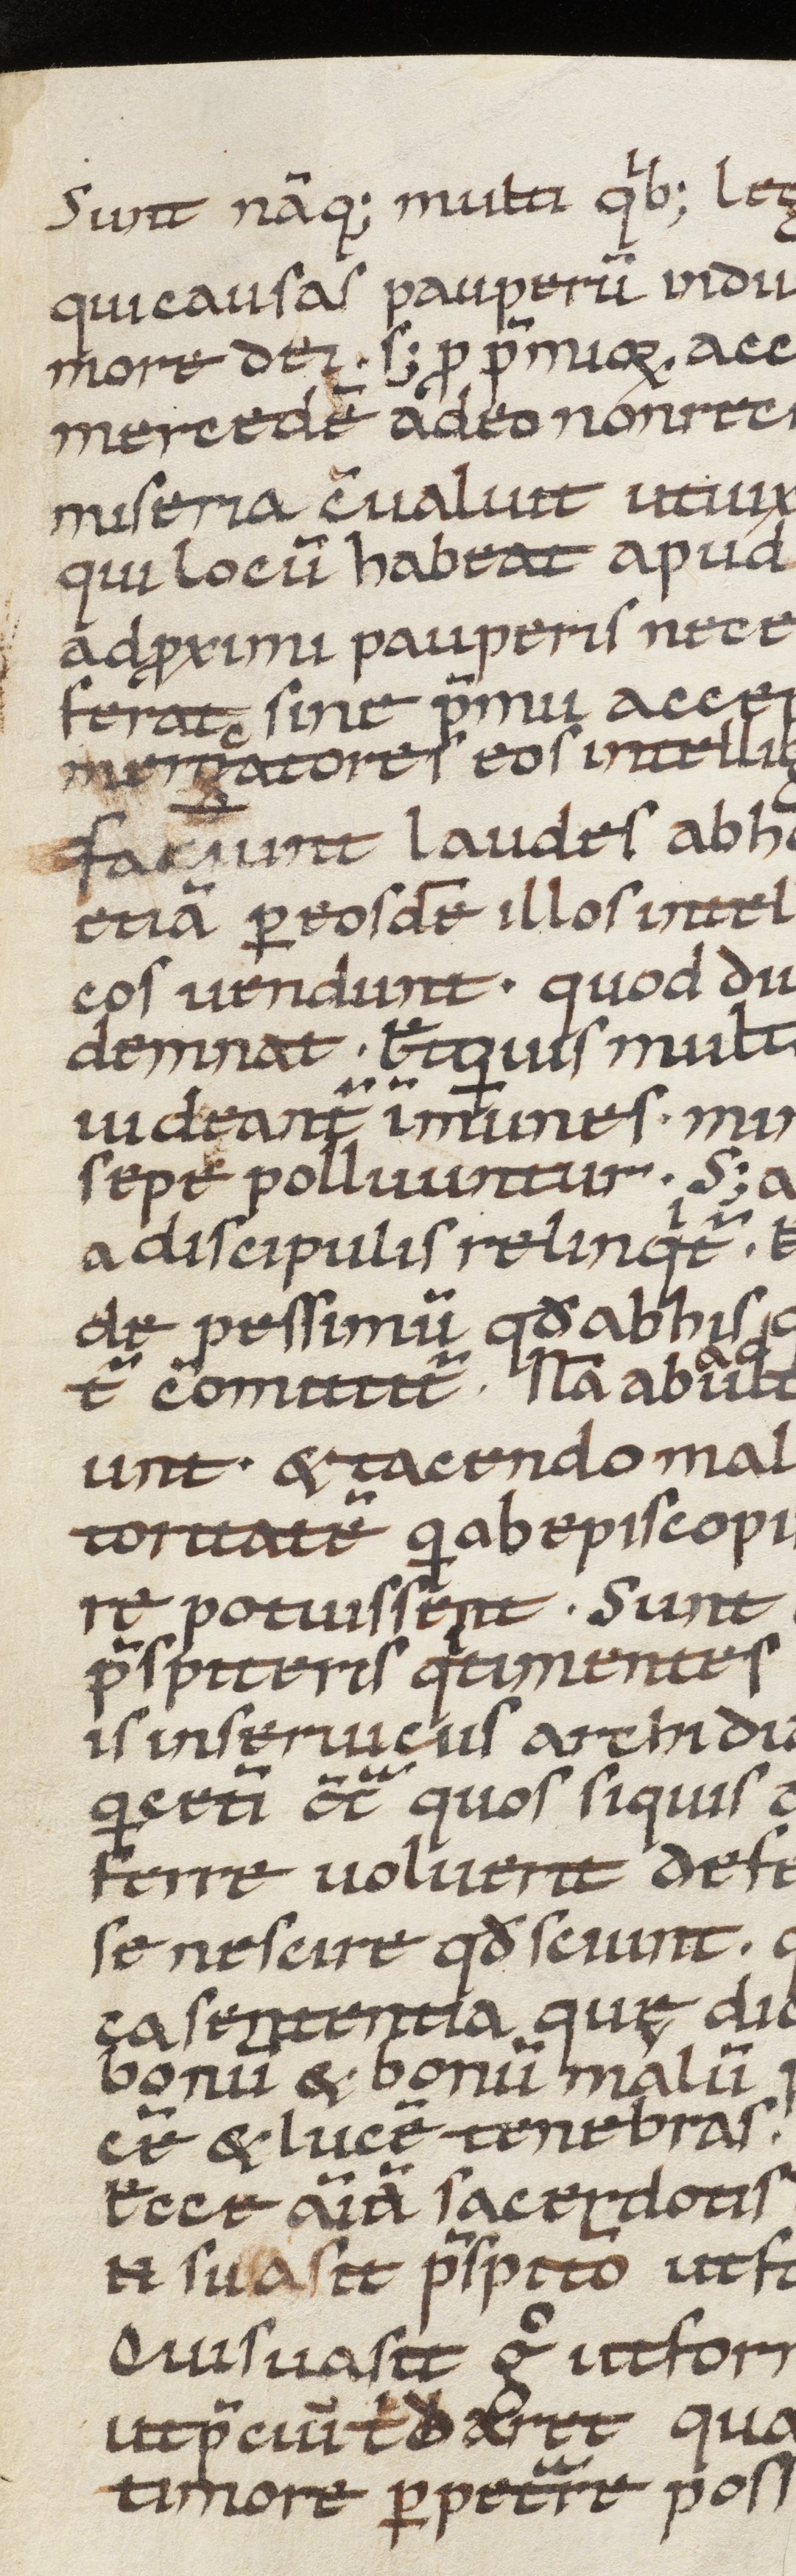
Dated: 1100–1199